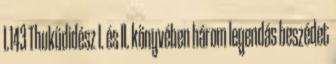
I.143 Thuküdidész I. és II. könyvében három legendás beszédet